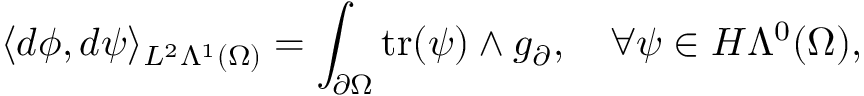
\langle d \phi , d \psi \rangle _ { L ^ { 2 } \Lambda ^ { 1 } ( \Omega ) } = \int _ { \partial \Omega } \mathrm { t r } ( \psi ) \wedge g _ { \partial } , \quad \forall \psi \in H \Lambda ^ { 0 } ( \Omega ) ,